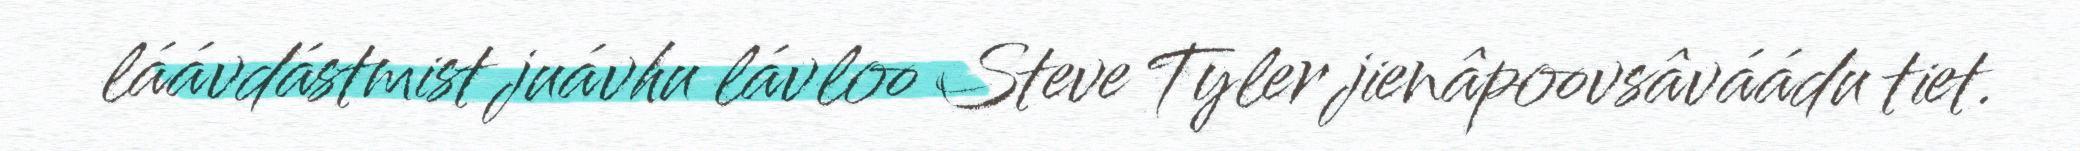
láávdástmist juávhu lávloo Steve Tyler jienâpoovsâváádu tiet.